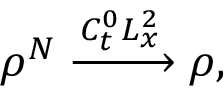
\rho ^ { N } \xrightarrow [ ] { C _ { t } ^ { 0 } L _ { x } ^ { 2 } } \rho ,